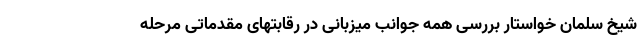
شیخ سلمان خواستار بررسی همه جوانب میزبانی در رقابتهای مقدماتی مرحله